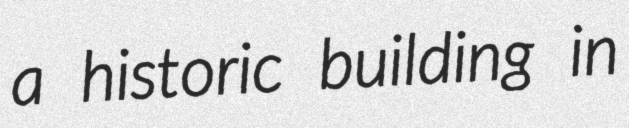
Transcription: a historic building in